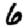
Digit: 6